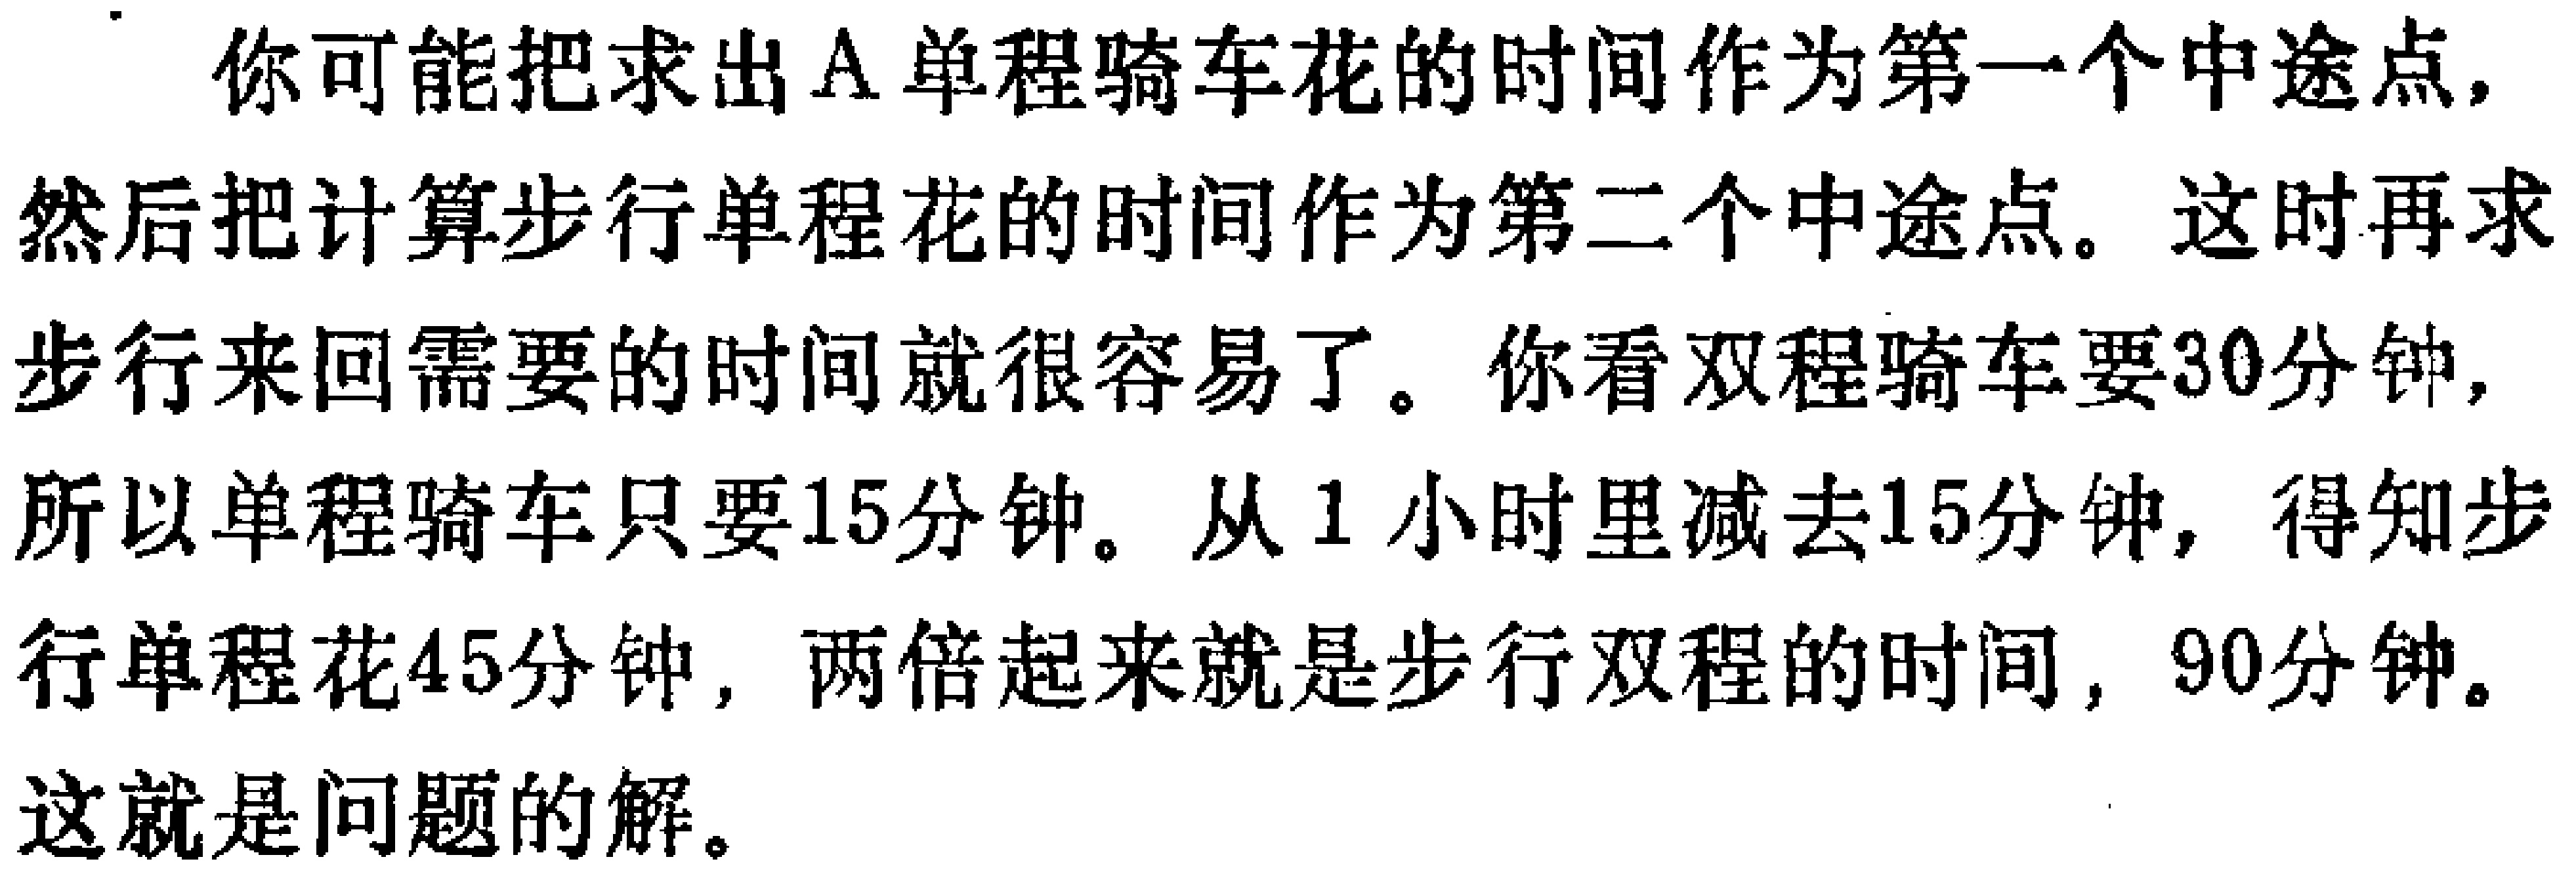
你可能把求出A单程骑车花的时间作为第一个中途点，然后把计算步行单程花的时间作为第二个中途点。这时再求步行来回需要的时间就很容易了。你看双程骑车要30分钟，所以单程骑车只要15分钟。从1小时里减去15分钟，得知步行单程花45分钟，两倍起来就是步行双程的时间，90分钟。这就是问题的解。